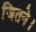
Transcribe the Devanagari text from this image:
जितने।